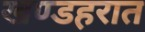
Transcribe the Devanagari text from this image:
खण्डहरात